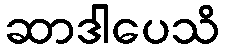
ဆာဒါပေသိ